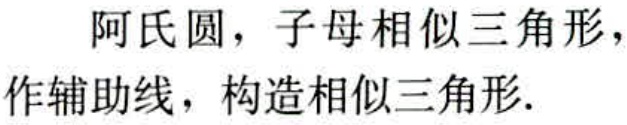
阿氏圆，子母相似三角形，作辅助线，构造相似三角形.